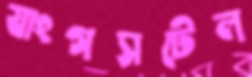
যাংগসটেল